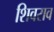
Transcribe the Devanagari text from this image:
शिवराव